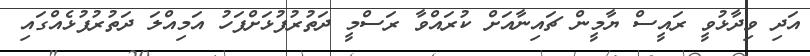
އަދި ވިދާޅުވީ ރައީސް ޔާމީން ޗައިނާއަށް ކުރައްވާ ރަސްމީ ދަތުރުފުޅަށްފަހު އަމިއްލަ ދަތުރުފުޅެއްގައި